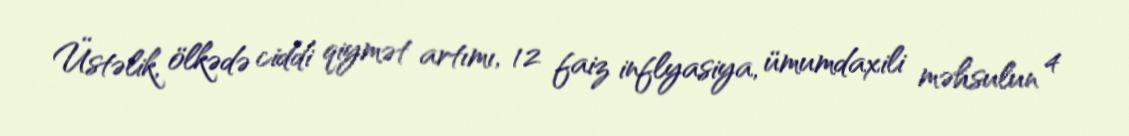
Üstəlik, ölkədə ciddi qiymət artımı, 12 faiz inflyasiya, ümumdaxili məhsulun 4